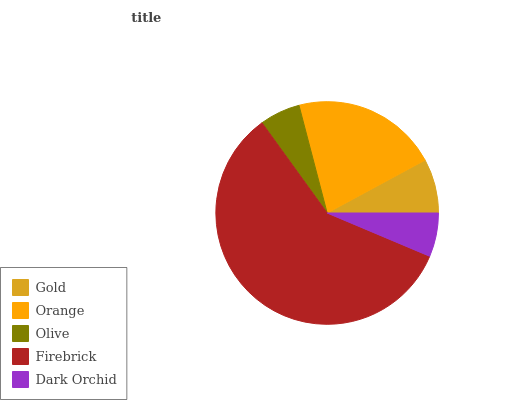
| Gold | Orange | Olive | Firebrick | Dark Orchid |
 | --- | --- | --- | --- | --- |
 | 7.89% | 21.2% | 5.9% | 58.7% | 6.35% |